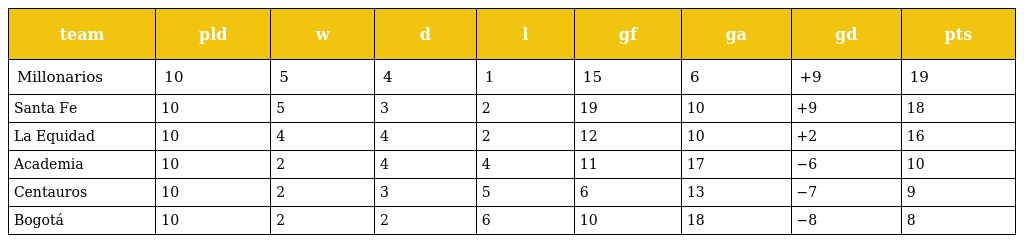
| team | pld | w | d | l | gf | ga | gd | pts |
 | --- | --- | --- | --- | --- | --- | --- | --- | --- |
 | Millonarios | 10 | 5 | 4 | 1 | 15 | 6 | +9 | 19 |
 | Santa Fe | 10 | 5 | 3 | 2 | 19 | 10 | +9 | 18 |
 | La Equidad | 10 | 4 | 4 | 2 | 12 | 10 | +2 | 16 |
 | Academia | 10 | 2 | 4 | 4 | 11 | 17 | −6 | 10 |
 | Centauros | 10 | 2 | 3 | 5 | 6 | 13 | −7 | 9 |
 | Bogotá | 10 | 2 | 2 | 6 | 10 | 18 | −8 | 8 |